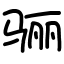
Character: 骊